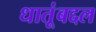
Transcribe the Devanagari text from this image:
धातूंबद्दल